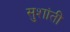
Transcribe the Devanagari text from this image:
सुशांती